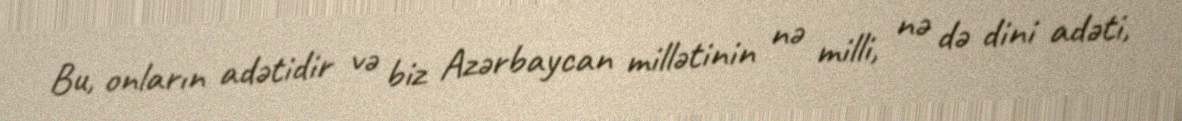
Bu, onların adətidir və biz Azərbaycan millətinin nə milli, nə də dini adəti,